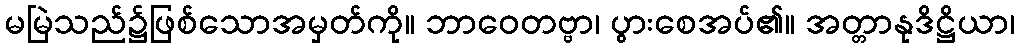
မမြဲသည်၌ဖြစ်သောအမှတ်ကို။ ဘာဝေတဗ္ဗာ၊ ပွားစေအပ်၏။ အတ္တာနုဒိဋ္ဌိယာ၊